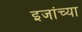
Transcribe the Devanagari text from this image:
इजांच्या